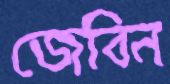
জেবিন